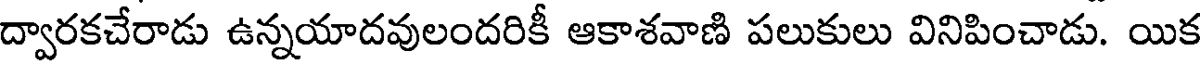
ద్వారకచేరాడు ఉన్నయాదవులందరికీ ఆకాశవాణి పలుకులు వినిపించాడు. యిక